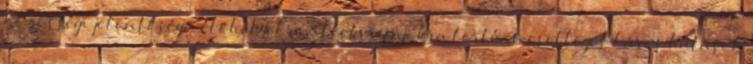
közösségi jelentőségű élőhelyekre, illetve fajokra történő esetleges káros hatások